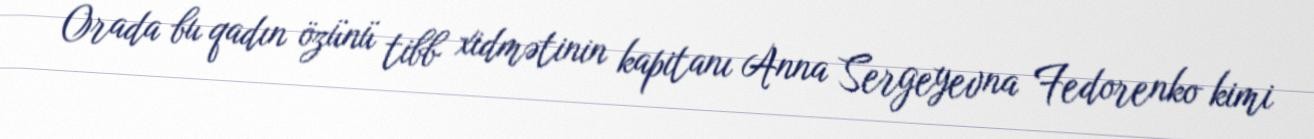
Orada bu qadın özünü tibb xidmətinin kapitanı Anna Sergeyevna Fedorenko kimi